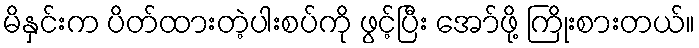
မိနှင်းက ပိတ်ထားတဲ့ပါးစပ်ကို ဖွင့်ပြီး အော်ဖို့ ကြိုးစားတယ်။